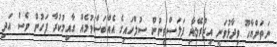
ނަތަންޔާހޫ ވިދާޅުވަނީ އިޒްރޭލާއި ފަލަސްތީނުން ސުލްހައިގެ އެއްބަސްވުމެއް ގާއިމުކުރާ ފަހުން ވެސް އަދި